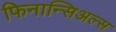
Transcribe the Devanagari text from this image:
फिनान्सिअल्स